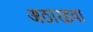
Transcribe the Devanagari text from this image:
अठारहवा